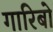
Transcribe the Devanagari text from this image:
गारिबो